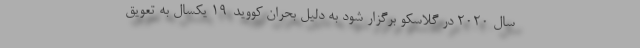
سال ۲۰۲۰ در گلاسکو برگزار شود به دلیل بحران کووید-۱۹ یکسال به تعویق